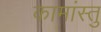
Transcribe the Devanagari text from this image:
कामांस्तु